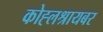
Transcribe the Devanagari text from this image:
कोह्लश्रायबर